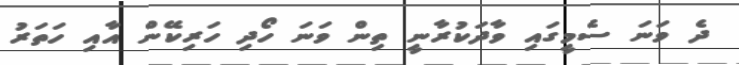
ދެ ވަނަ ސެމީގައި ވާދަކުރާނީ ތިން ވަނަ ހޯދި ހަރިކޭން އާއި ހަތަރު